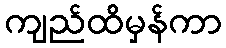
ကျည်ထိမှန်ကာ